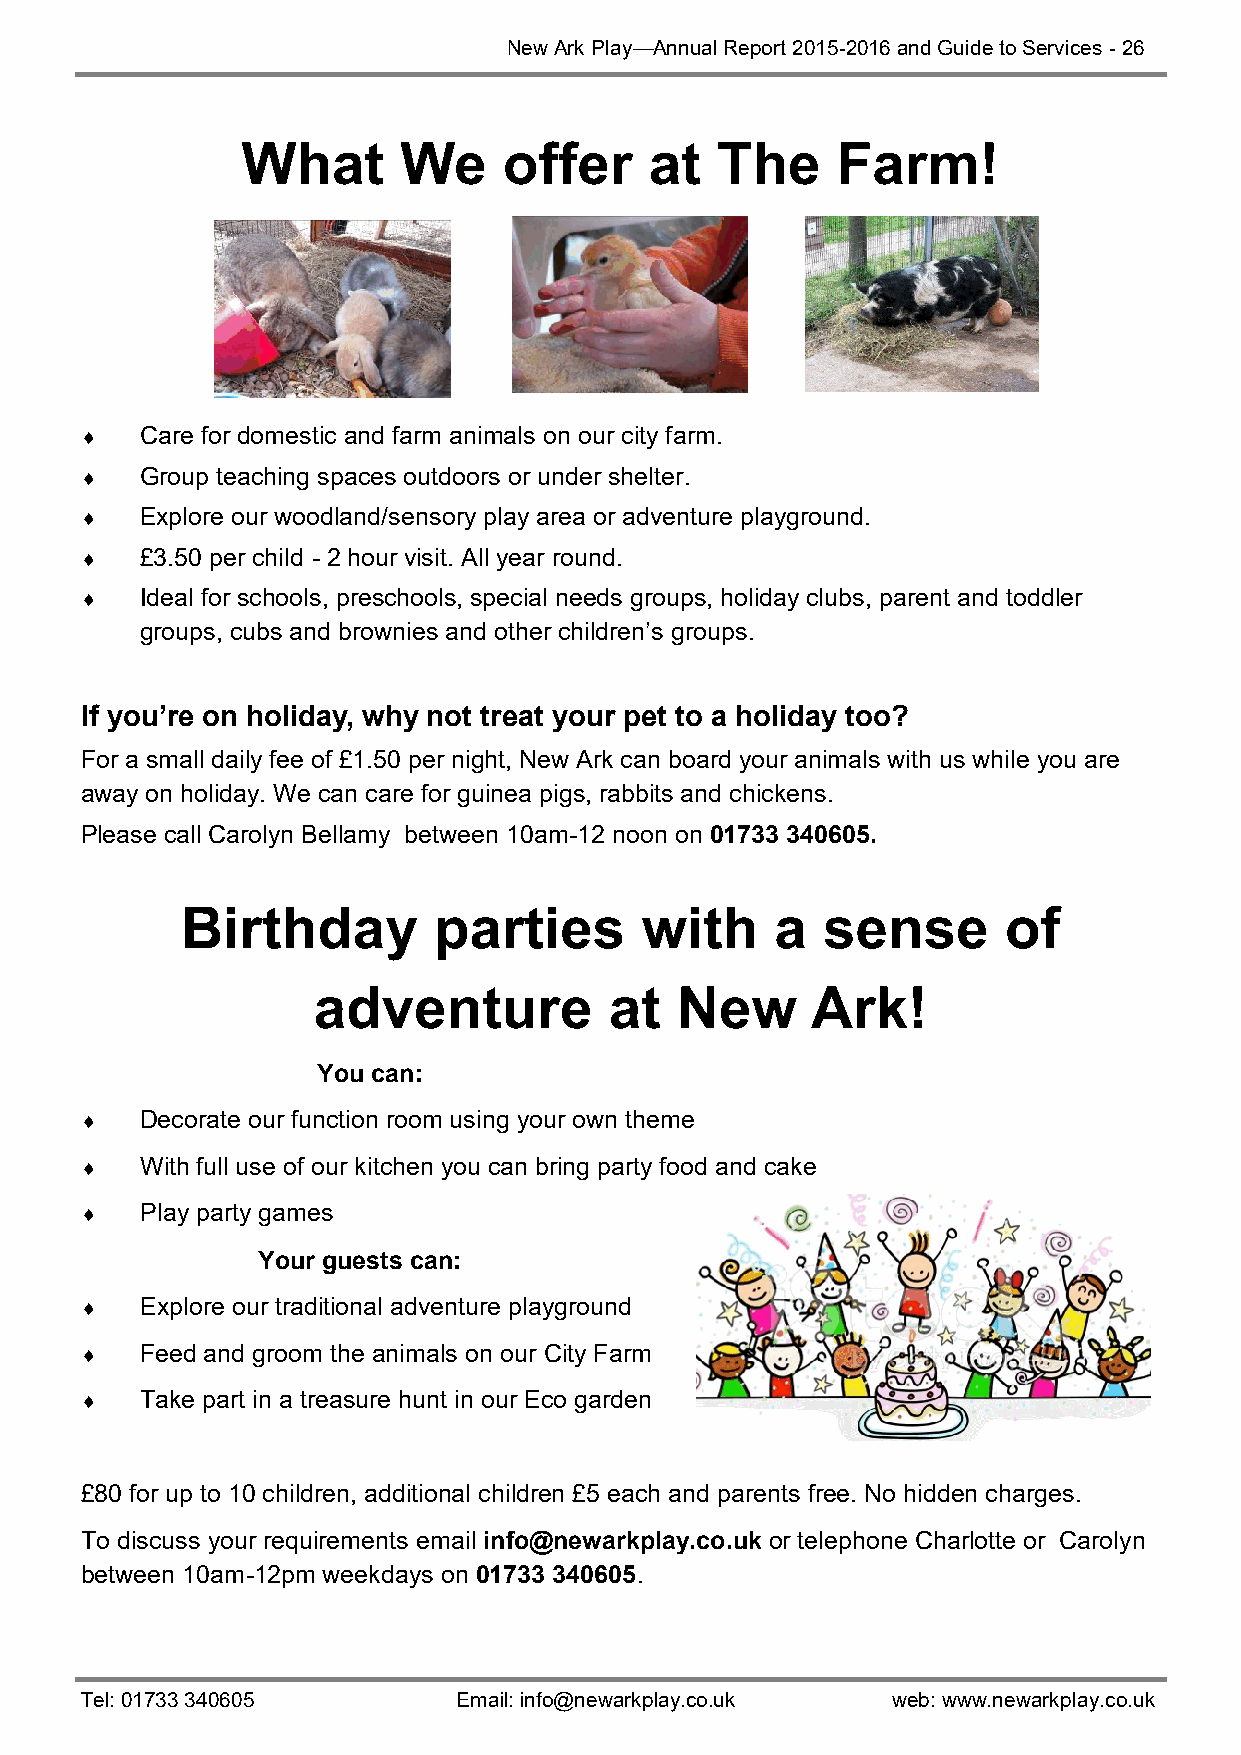
New Ark Play—Annual Report 2015-2016 and Guide to Services - 26
 What      We     offer     at  The     Farm!
    Care for domestic and farm animals on our city farm.
    Group teaching spaces outdoors or under shelter.
    Explore our woodland/sensory play area or adventure playground.
    £3.50 per child - 2 hour visit. All year round.
    Ideal for schools, preschools, special needs groups, holiday clubs, parent and toddler
 groups, cubs and brownies and other children’s groups.
 If you’re on holiday, why not treat your pet to a holiday too?
 For a small daily fee of £1.50 per night, New Ark can board your animals with us while you are
 away on holiday. We can care for guinea pigs, rabbits and chickens.
 Please call Carolyn Bellamy between 10am-12 noon on 01733 340605.
 Birthday         parties      with     a  sense       of
 adventure          at   New      Ark!
 You can:
    Decorate our function room using your own theme
    With full use of our kitchen you can bring party food and cake
    Play party games
 Your guests can:
    Explore our traditional adventure playground
    Feed and groom the animals on our City Farm
    Take part in a treasure hunt in our Eco garden
 £80 for up to 10 children, additional children £5 each and parents free. No hidden charges.
 To discuss your requirements email info@newarkplay.co.uk or telephone Charlotte or Carolyn
 between 10am-12pm weekdays on 01733 340605.
 Tel: 01733 340605        Email: info@newarkplay.co.uk web: www.newarkplay.co.uk